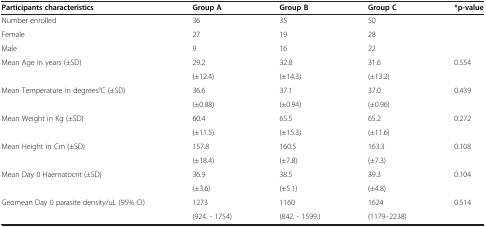
<table><thead><tr><td><b>Participants characteristics</b></td><td><b>Group A</b></td><td><b>Group B</b></td><td><b>Group C</b></td><td><b>*p-value</b></td></tr></thead><tbody><tr><td>Number enrolled</td><td>36</td><td>35</td><td>50</td><td> </td></tr><tr><td>Female</td><td>27</td><td>19</td><td>28</td><td> </td></tr><tr><td>Male</td><td>9</td><td>16</td><td>22</td><td> </td></tr><tr><td rowspan="2">Mean Age in years (±SD)</td><td>29.2</td><td>32.8</td><td>31.6</td><td rowspan="2">0.554</td></tr><tr><td>(±12.4)</td><td>(±14.3)</td><td>(±13.2)</td></tr><tr><td rowspan="2">Mean Temperature in degrees°C (±SD)</td><td>36.6</td><td>37.1</td><td>37.0</td><td rowspan="2">0.439</td></tr><tr><td>(±0.88)</td><td>(±0.94)</td><td>(±0.96)</td></tr><tr><td rowspan="2">Mean Weight in Kg (±SD)</td><td>60.4</td><td>65.5</td><td>65.2</td><td rowspan="2">0.272</td></tr><tr><td>(±11.5)</td><td>(±15.3)</td><td>(±11.6)</td></tr><tr><td rowspan="2">Mean Height in Cm (±SD)</td><td>157.8</td><td>160.5</td><td>163.3</td><td rowspan="2">0.108</td></tr><tr><td>(±18.4)</td><td>(±7.8)</td><td>(±7.3)</td></tr><tr><td rowspan="2">Mean Day 0 Haematocrit (±SD)</td><td>36.9</td><td>38.5</td><td>39.3</td><td rowspan="2">0.104</td></tr><tr><td>(±3.6)</td><td>(±5.1)</td><td>(±4.8)</td></tr><tr><td rowspan="2">Geomean Day 0 parasite density/uL (95% CI)</td><td>1273</td><td>1160</td><td>1624</td><td rowspan="2">0.514</td></tr><tr><td>(924. - 1754)</td><td>(842. - 1599.)</td><td>(1179–2238)</td></tr></tbody></table>